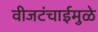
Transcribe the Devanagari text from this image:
वीजटंचाईमुळे